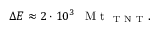
\Delta E \approx 2 \cdot 1 0 ^ { 3 } \mathrm { ~ \, ~ M ~ t ~ } _ { \mathrm { ~ T ~ N ~ T ~ } } .